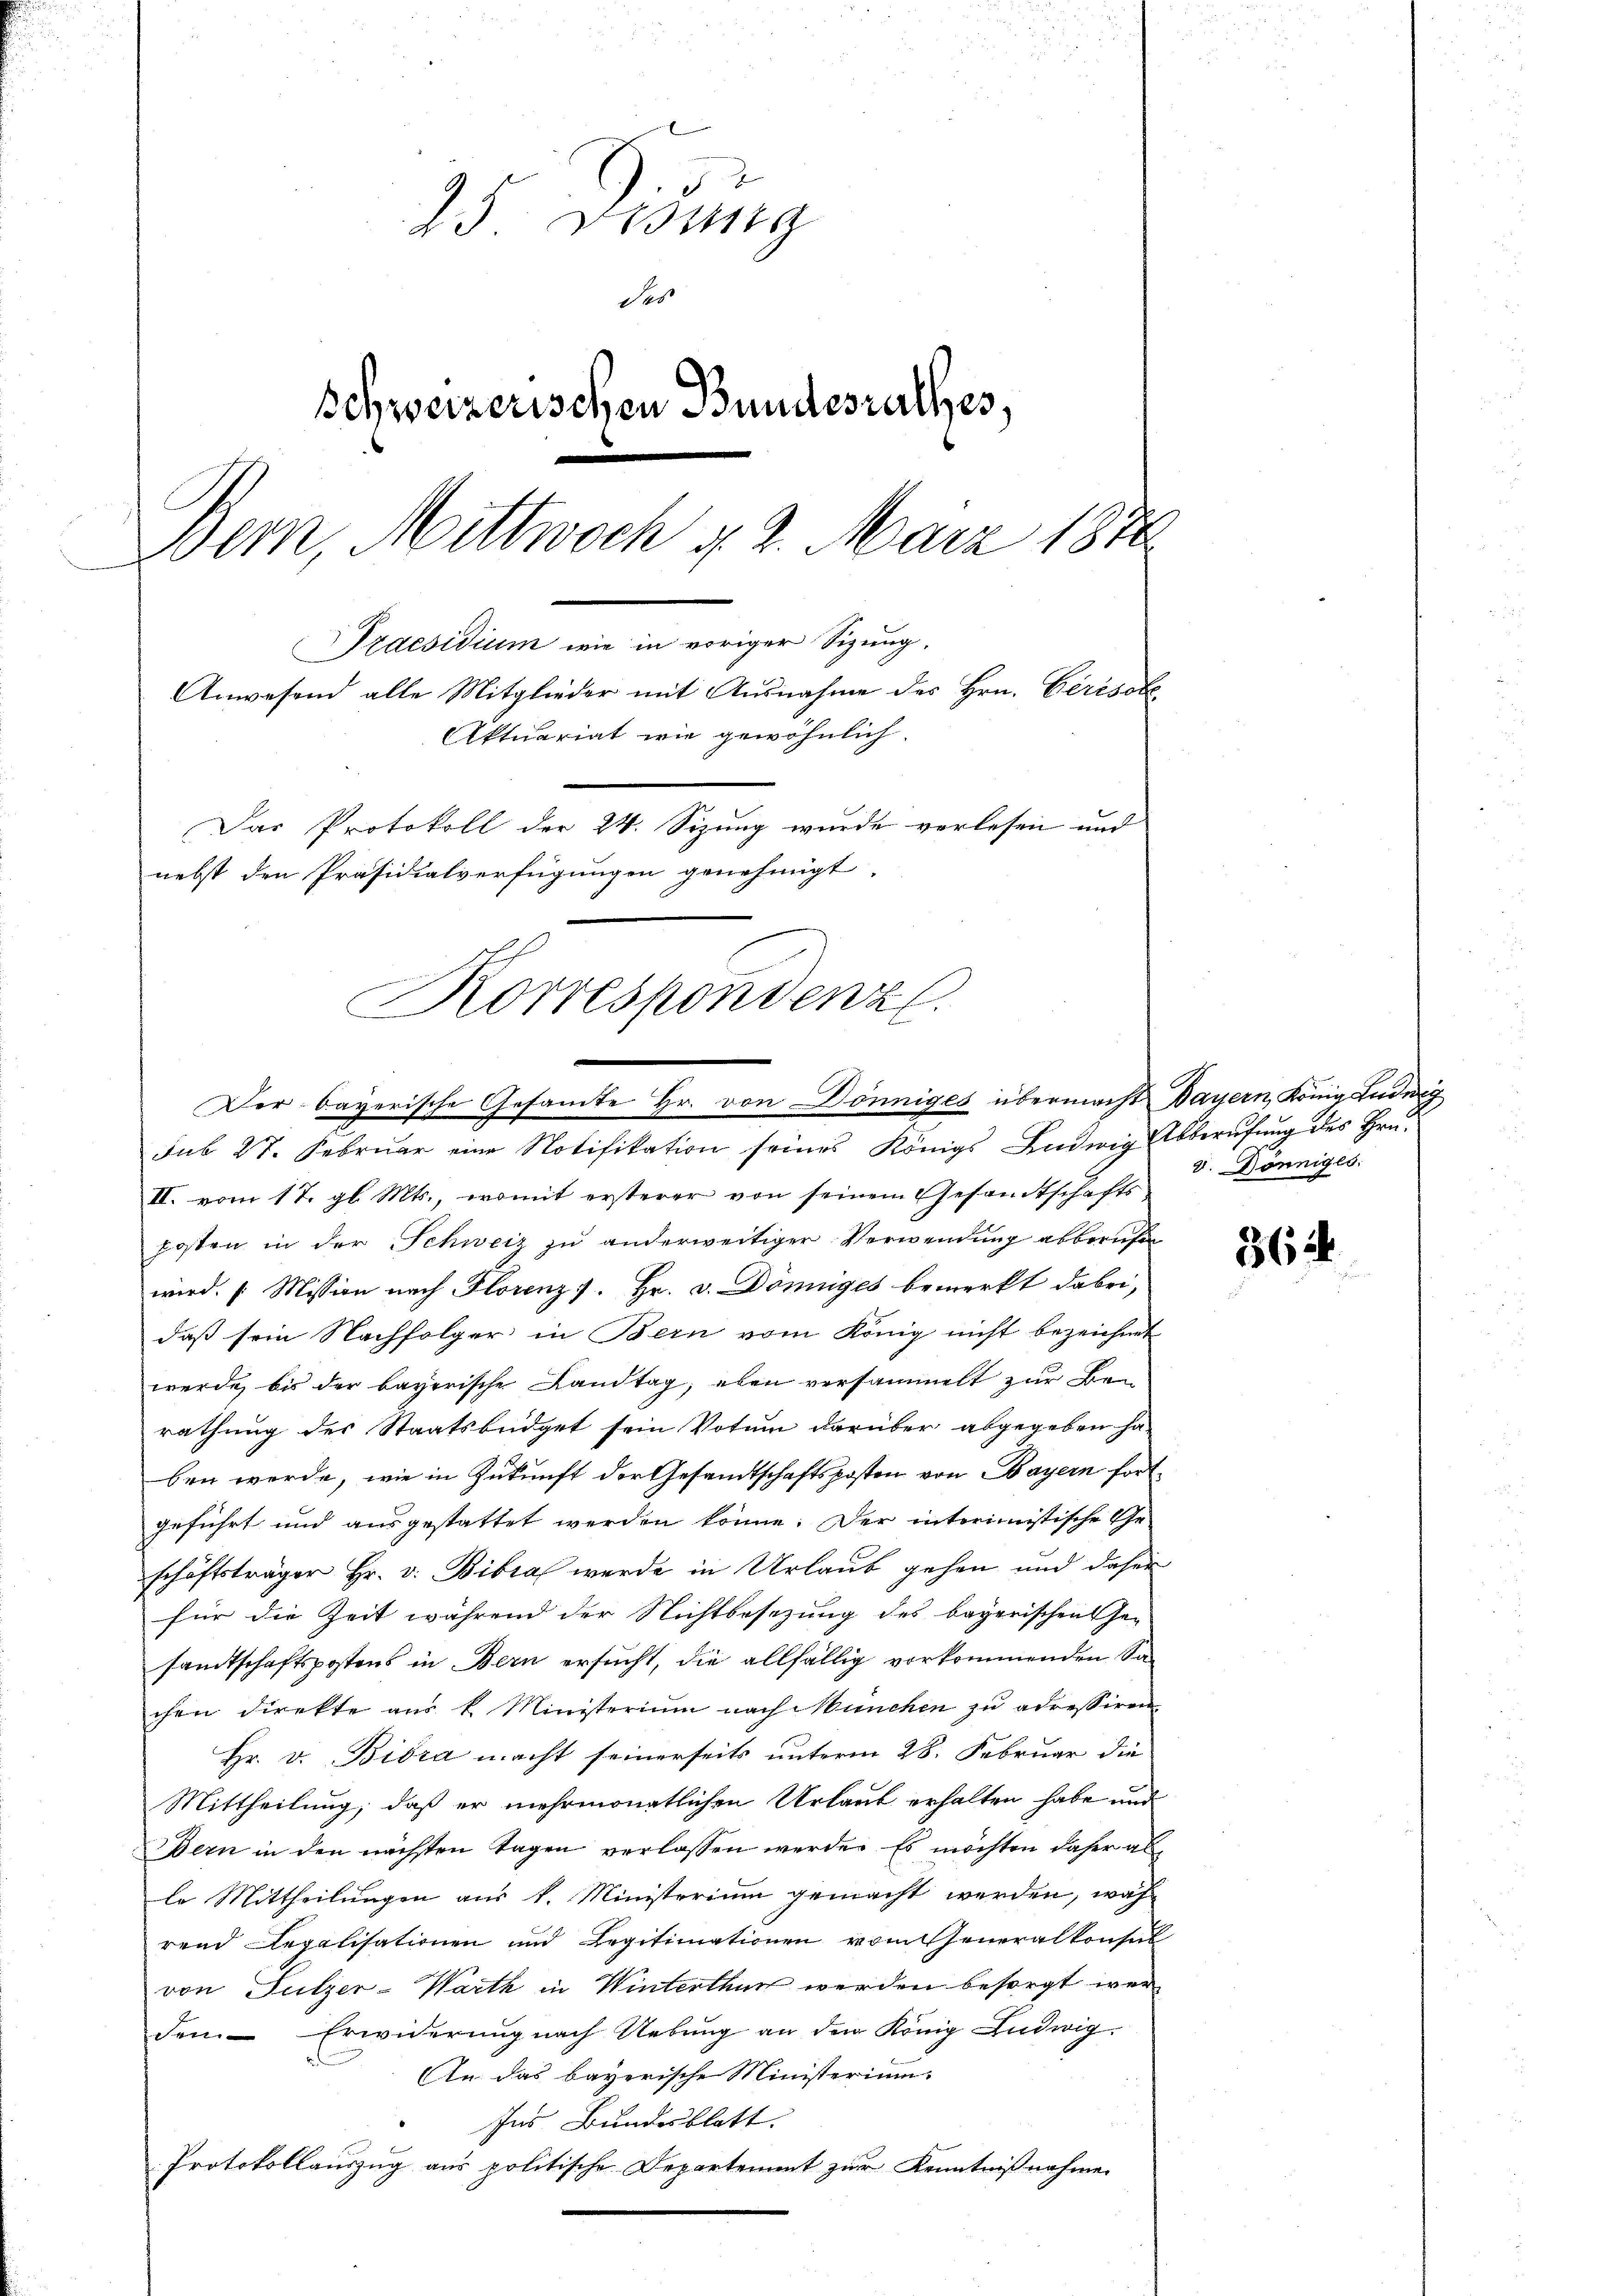
25 Didung
des
Schweizerischen Bundesrathes,
Bern, Mittwoch u. 2. März 1878
Praesidium wie in voriger Sizung.
Anwesend alle Mitglieder mit Ausnahme des Hrn. Ceresol¬
Aktuariat wie gewöhnlich
Das Protokoll der 24. Sizung wurde verlesen und
nebst den Präsidialverfügungen genehmigt.
Korrespondenz.

Der bayerische Gesamte Hr. von Dönniges übermacht Dauern, König Ludwig

sub 27. Februar eine Notifikation seines Königs Ludwig Abberufung des Bru¬
II. vom 17. gl. Mts., womit ersterer von seinem Gesamtschafts
posten in der Schweiz zu anderweitiger Verwendung abberufen
wird: „Mission nach Florenz s. Hr. v. Dönniges bemerkt dabei,
daß sein Nachfolger in Bern vom König nicht bezeichnet
werde bis der bayerische Landtag; eben versammelt zur Berathung des Staatsbüdget sein Votum darüber abgegeben ha-
ben werde, wie in Zukunft der Gesandtschaftsposten von Bayern fortgeführt und ausgestattet werden könne. Der interimistische Ge-
schäftsträger Hr. v. Bibra wurde in Urlaub gehen und daher
für die Zeit während der Nichtbesezung des bayerischen Ge-
sandtschaftspostens in Bern ersucht, die allfällig vorkommenden Sachen direkte aus k. Ministerium nach München zu adressiren
Hr. v. Bibra macht seinerseits unterm 28. Februar die
Mittheilung, daß er mehrmonatlichen Urlaut erhalten habe und
Bern in den nächsten Tagen verlassen werde. Es möchten daher al
le Mittheilungen aus k. Ministerium gemacht werden, während Legalisationen und Legitimationen vom Generalkonsul
von Sulzer-Warth in Winterthur werden besorgt werdem Erwiderung nach Uebŭng an den König Ludwig
An das bayerische Ministerium
Ins Bundesblatt.
Protokollauszug aus politische Departement zur Kenntnißnahme.

v. Dönniges.

362.